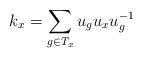
LaTeX: \begin{align*} k_x = \sum_{g\in T_x} u_g u_x u_g^{-1}\end{align*}